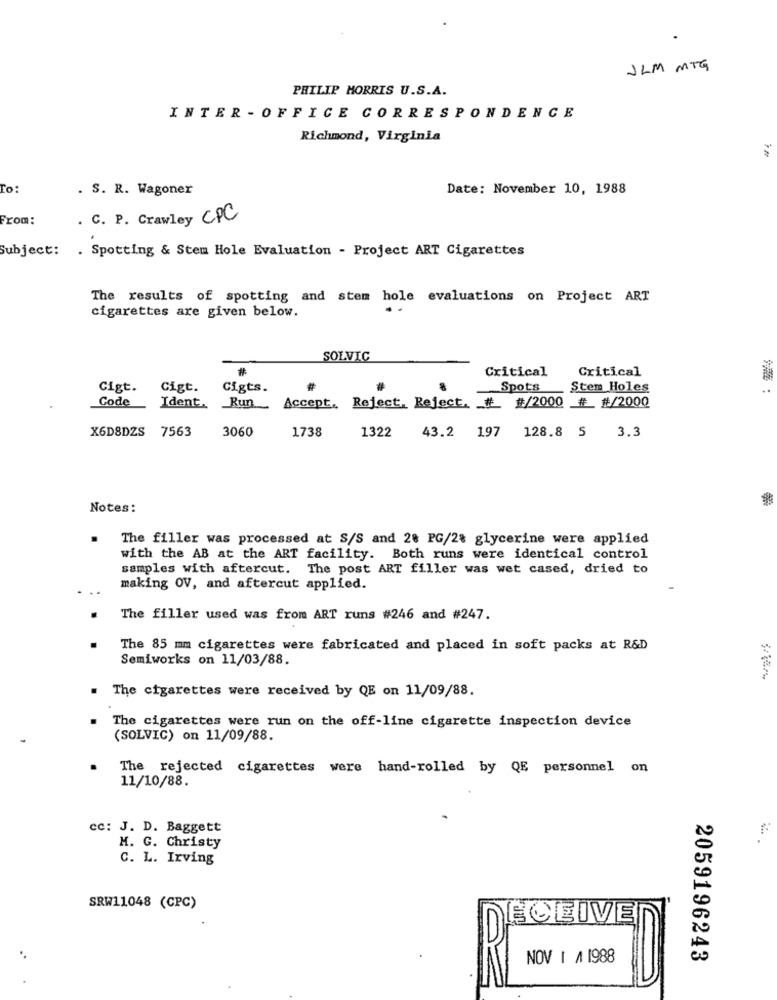
ILM MTG
PHILIP MORRIS U.S.A.
INTER - OFFICE CORRESPONDENCE
Richmond, Virginia
To:
. S. R. Wagoner
Date: November 10, 1988
From:
. C. P. Crawley CPC
Subject:
. Spotting & Stem Hole Evaluation - Project ART Cigarettes
The results of spotting and stem hole evaluations on Project ART
cigarettes are given below.
SOLVIC
#
Critical
Critical
Cigt.
Cigt.
Cigts.
Spots
Stem Holes
..
Code
Ident.
Run_ Accept, Reject, Reject _# #/2000 # #/2000
X6D8DZS 7563
3060
1738
1322
43.2 197 128.8 5 3.3
Notes:
.
The filler was processed at S/S and 2% PG/2% glycerine were applied
with the AB at the ART facility. Both runs were identical control
samples with aftercut. The post ART filler was wet cased, dried to
making OV, and aftercut applied.
The filler used was from ART runs #246 and #247.
The 85 mm cigarettes were fabricated and placed in soft packs at R&D
Semiworks on 11/03/88.
The cigarettes were received by QE on 11/09/88.
The cigarettes were run on the off-line cigarette inspection device
(SOLVIC) on 11/09/88.
The rejected cigarettes were hand-rolled by QE personnel on
11/10/88.
cc: J. D. Baggett
M. G. Christy
C. L. Irving
SRW11048 (CPC)
SOLIVE
NOV 1 / 1988
2059196243